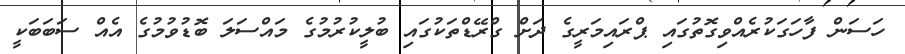
ހަސަން ފާހަގަކުރެއްވިގޮތުގައި ޕްރައިމަރީގެ ދަށް ގްރޭޑްތަކުގައި ބުލީކުރުމުގެ މައްސަލަ ބޮޑުވުމުގެ އެއް ސަބަބަކީ